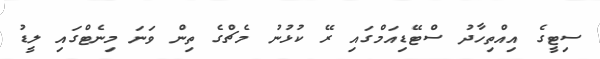
ސިޓީގެ އިއްތިހާދު ސްޓޭޑިއަމްގައި ރޭ ކުޅުނު މެޗްގެ ތިން ވަނަ މިނެޓްގައި ލީޑު